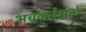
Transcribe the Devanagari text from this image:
अचूकतेमुळे